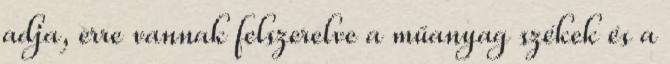
adja, erre vannak felszerelve a műanyag székek és a